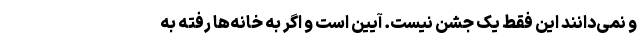
و نمی‌دانند این فقط یک جشن نیست. آیین است و اگر به خانه‌ها رفته به